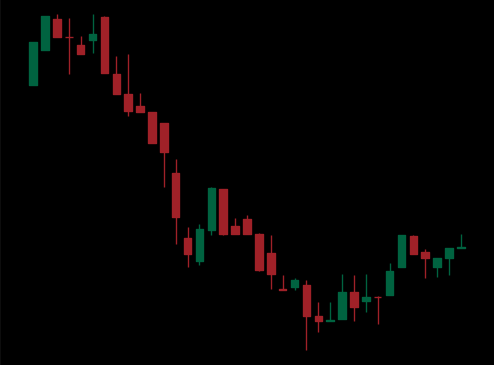
Pattern: bull_flag